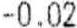
-0.02